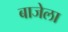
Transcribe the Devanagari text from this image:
बाजेला